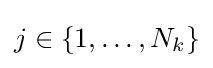
j\in \lbrace 1,\ldots ,N_{k}\rbrace